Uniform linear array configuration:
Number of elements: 64
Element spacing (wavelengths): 0.75
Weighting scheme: kaiser
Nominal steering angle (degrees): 30
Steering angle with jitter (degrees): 30.798
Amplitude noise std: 0.05
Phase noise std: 0.05

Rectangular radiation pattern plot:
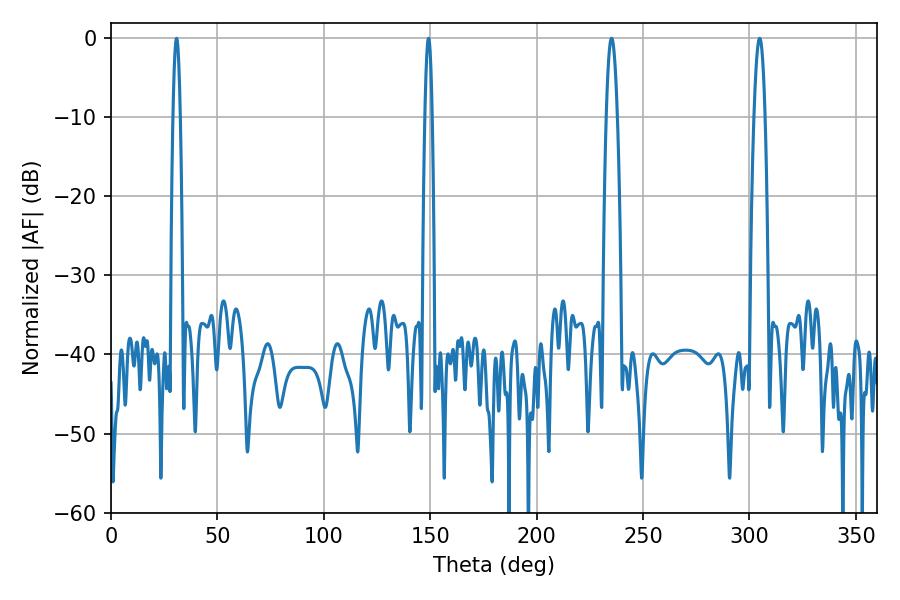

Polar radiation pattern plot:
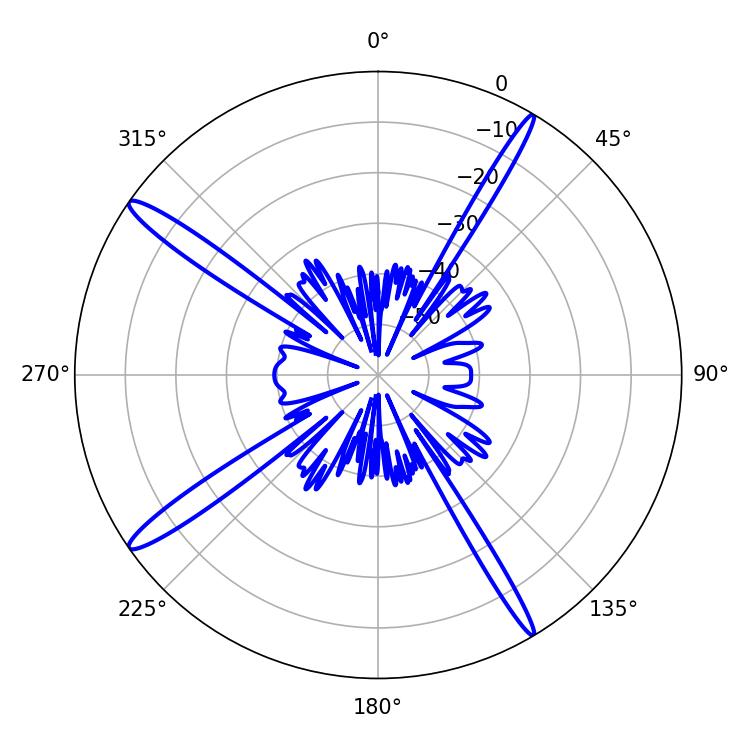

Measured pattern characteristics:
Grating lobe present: TRUE
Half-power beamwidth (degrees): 1.8
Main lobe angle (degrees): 30.78